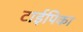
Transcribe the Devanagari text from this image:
टाईपिका